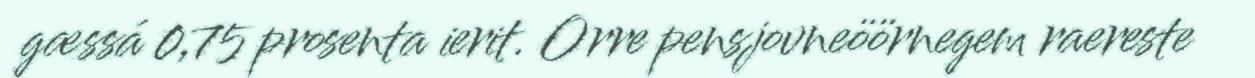
gæssá 0,75 prosenta ierit. Orre pensjovneöörnegem raereste